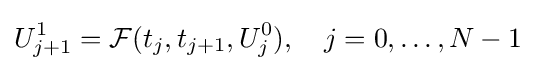
U_{j+1}^{1}={\mathcal {F}}(t_{j},t_{j+1},U_{j}^{0}),\quad j=0,\ldots ,N-1